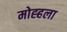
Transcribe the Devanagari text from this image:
मोह्हला